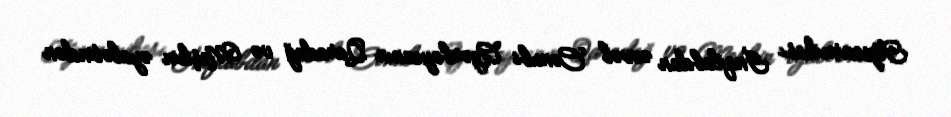
Toponimikası İnqilabdan əvvəl Cənubi Azərbaycanın Qaradağ və Meşkin əyalətindən